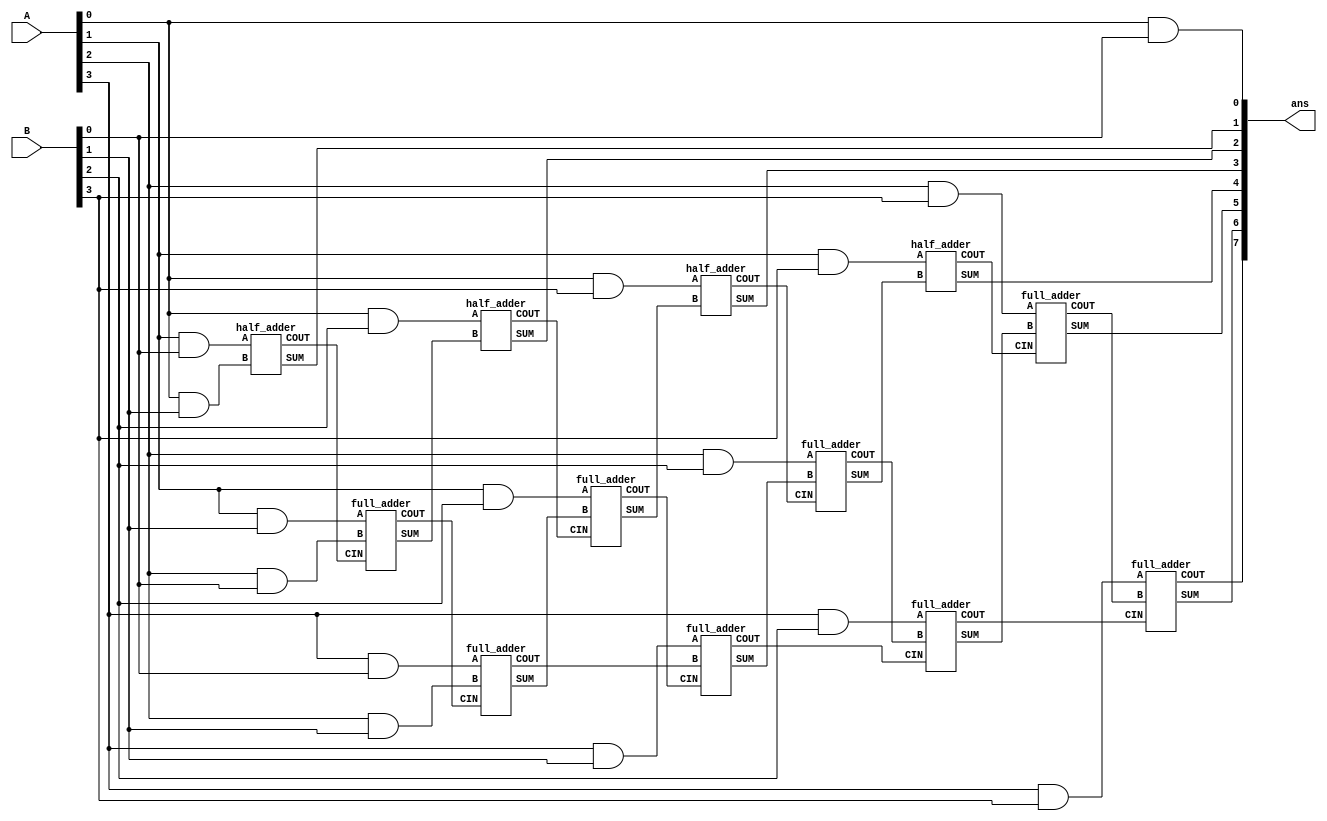
`timescale 1ns / 1ps
//////////////////////////////////////////////////////////////////////////////////
// Company: 
// Engineer: 
// 
// Design Name: 
// Module Name: top_4BIT_ARRAY_MULTIPLIER
// Project Name: 
// Target Devices: 
// Tool Versions: 
// Description: 
// 
// Dependencies: 
// 
// Revision:
// Revision 0.01 - File Created
// Additional Comments:
// 
//////////////////////////////////////////////////////////////////////////////////

// TOP MODULE
module top_4BIT_ARRAY_MULTIPLIER(A,B,ans);

input [3:0] A,B; // 4 BIT INPUTS THAT ARE TO BE MULTIPLIED
output [7:0] ans; // FINAL ANSWER
wire [16:0]x;
    and (ans[0], A[0], B[0]);
    
    half_adder fa1(.A(A[1]&B[0]),.B(A[0]&B[1]),.SUM(ans[1]),.COUT(x[0]));
    
    
    full_adder fa2(.A(A[1]&B[1]),.B(A[2]&B[0]),.CIN(x[0]),.SUM(x[2]),.COUT(x[1]));
    half_adder fa3(.A(A[0]&B[2]),.B(x[2]),.SUM(ans[2]),.COUT(x[3]));
    
    full_adder fa4(.A(A[3]&B[0]),.B(A[2]&B[1]),.CIN(x[1]),.SUM(x[4]),.COUT(x[5]));
    full_adder fa5(.A(A[1]&B[2]),.B(x[4]),.CIN(x[3]),.SUM(x[6]),.COUT(x[7]));
    half_adder fa6(.A(A[0]&B[3]),.B(x[6]),.SUM(ans[3]),.COUT(x[8]));
    
    
    full_adder fa7(.A(A[3]&B[1]),.B(x[5]),.CIN(x[7]),.SUM(x[9]),.COUT(x[10]));
    full_adder fa8(.A(A[2]&B[2]),.B(x[9]),.CIN(x[8]),.SUM(x[13]),.COUT(x[11]));
    half_adder fa9(.A(A[1]&B[3]),.B(x[13]),.SUM(ans[4]),.COUT(x[12]));
    
    full_adder fa10(.A(A[3]&B[2]),.B(x[11]),.CIN(x[10]),.SUM(x[14]),.COUT(x[15]));
    full_adder fa11(.A(A[2]&B[3]),.B(x[14]),.CIN(x[12]),.SUM(ans[5]),.COUT(x[16]));
    
    full_adder fa12(.A(A[3]&B[3]),.B(x[16]),.CIN(x[15]),.SUM(ans[6]),.COUT(ans[7]));

endmodule

//FULL ADDER MODULE
module full_adder(A,B,CIN,SUM,COUT);
input A, B, CIN;
output SUM, COUT;
wire [2:0]W;
    half_adder hf1(.A(A), .B(B),.SUM(W[0]),.COUT(W[1]));
    half_adder hf2(.A(W[0]), .B(CIN),.SUM(SUM),.COUT(W[2]));
    or a1(COUT,W[1],W[2]);
endmodule

//HALF ADDER MODULE
module half_adder(A,B,SUM,COUT);
input A, B;
output SUM, COUT;
    xor x1(SUM,A,B);
    and a1(COUT,A,B);
endmodule